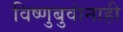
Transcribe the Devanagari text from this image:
विष्णुबुवांनाही